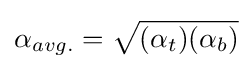
\alpha _{avg.}={\sqrt {(\alpha _{t})(\alpha _{b})}}